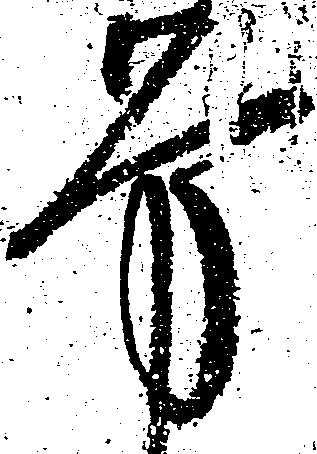
労